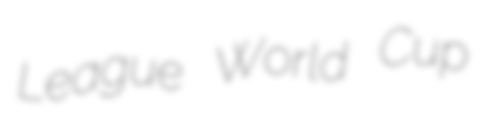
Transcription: League World Cup